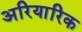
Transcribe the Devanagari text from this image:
अरियारिक